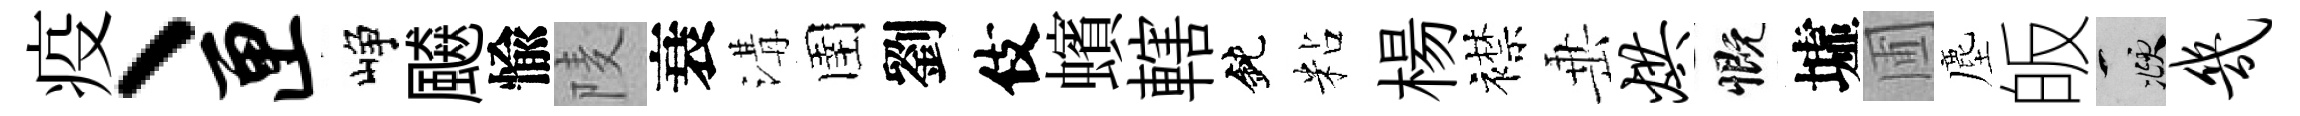
疫、匣峥飇愉𨹧衰溝圉劉伎蠙轄鈍粘楊襟𡸁烘慨墟圃塵皈頫几